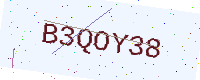
Text: B3QOY38